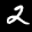
Label: 2